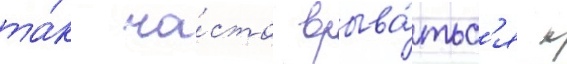
та́к ча́сто врыва́тьс'я к